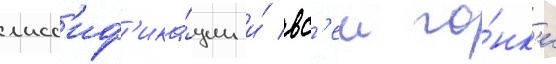
класс'иф'ика́ции и́ вс'еи го́нк'и